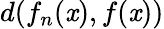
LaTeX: d(f_{n}(\mathit{x}),f(\mathit{x}))